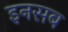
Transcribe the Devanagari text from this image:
इनसब